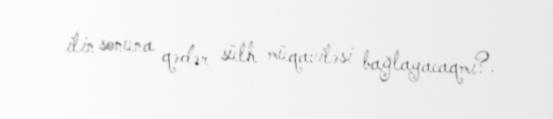
ilin sonuna qədər sülh müqaviləsi bağlayacaqmı?.